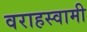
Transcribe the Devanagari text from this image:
वराहस्‍वामी